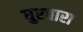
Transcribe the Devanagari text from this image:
घुरवारा